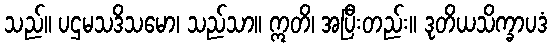
သည်။ ပဌမသဒိသမော၊ သည်သာ။ ဣတိ၊ အပြီးတည်း။ ဒုတိယသိက္ခာပဒံ